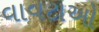
વાવટાઓ